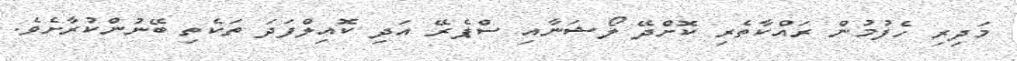
މަދިރި ހެފުމުން ރައްކާތެރި ކޮށްދޭ ލޯޝަނާއި ސްޕެރޭ އަދި ކޮއިލްފަދަ ތަކެތި ބޭނުންކުރާށެވެ.